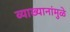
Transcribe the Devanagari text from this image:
व्याख्यानांमुळे